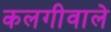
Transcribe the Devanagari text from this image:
कलगीवाले